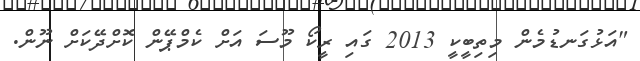
"އަޅުގަނޑުމެން މިތިބީކީ 2013 ގައި ރީކޯ މޫސަ އަށް ކެމްޕޭން ކޮށްދޭކަށް ނޫން.